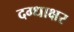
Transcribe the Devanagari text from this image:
दग्धाक्षर